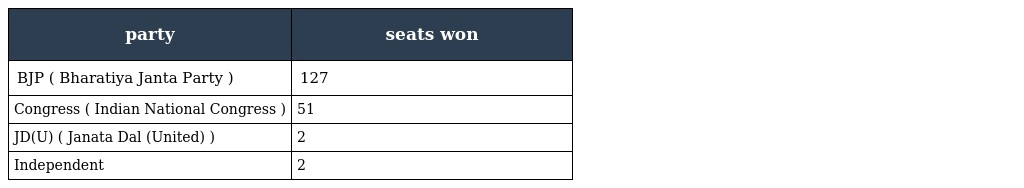
| party | seats won |
 | --- | --- |
 | BJP ( Bharatiya Janta Party ) | 127 |
 | Congress ( Indian National Congress ) | 51 |
 | JD(U) ( Janata Dal (United) ) | 2 |
 | Independent | 2 |